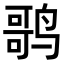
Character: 𬸠